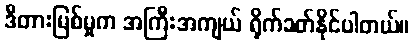
ဒီတားမြစ်မှုက အကြီးအကျယ် ရိုက်ခတ်နိုင်ပါတယ်။